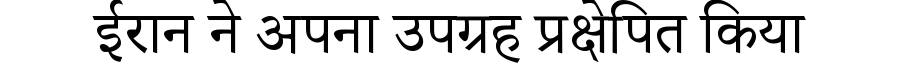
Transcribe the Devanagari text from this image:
ईरान ने अपना उपग्रह प्रक्षेपित किया